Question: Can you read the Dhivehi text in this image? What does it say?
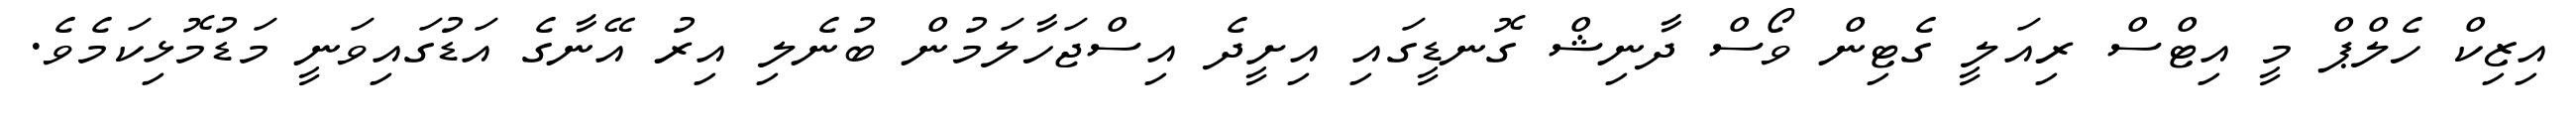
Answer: އިޒިކް ހެލްޕް މީ އިޓްސް ރިއަލީ ގެޓިން ވޯސް ދާނިޝް ގޮނޑީގައި އިށީދެ އިސްޖަހާލަމުން ބުނެލި އިރު އޭނާގެ އަޑުގައިވަނީ މަޑުމޮޅިކަމެވެ.